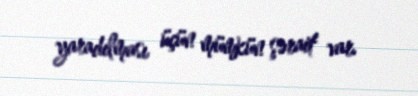
yaradılması üçün mümkün şərait var.